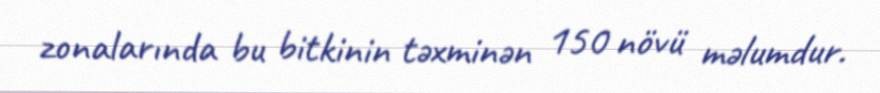
zonalarında bu bitkinin təxminən 150 növü məlumdur.